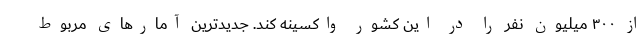
از ۳۰۰ میلیون نفر را در این کشور واکسینه کند. جدیدترین آمارهای مربوط